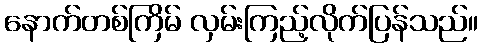
နောက်တစ်ကြိမ် လှမ်းကြည့်လိုက်ပြန်သည်။